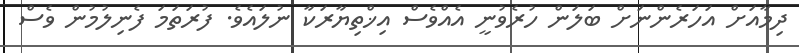
ދިމާއަށް އަހަރެންނަށް ބަލަން ހުރެވުނީ އެއްވެސް އިޚްތިޔާރަކާ ނުލައެވެ. ފުރަތަމަ ފެނިލުމުން ވެސް